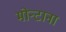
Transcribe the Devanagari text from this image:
मोन्‍टाना